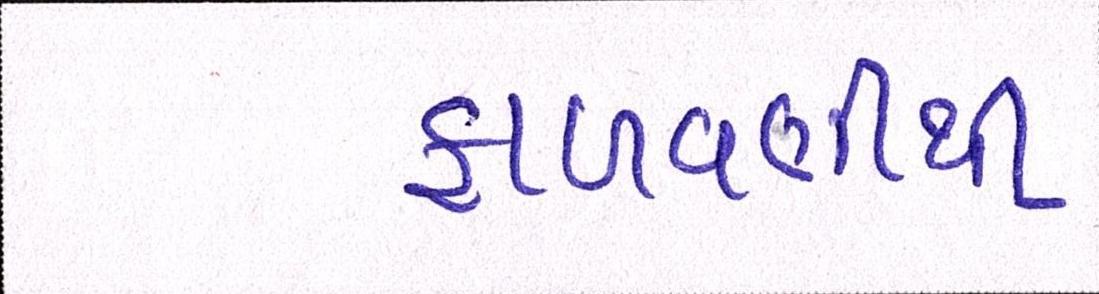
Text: ફાળવણીથી